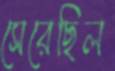
সেরেছিল